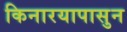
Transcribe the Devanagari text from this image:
किनारयापासुन